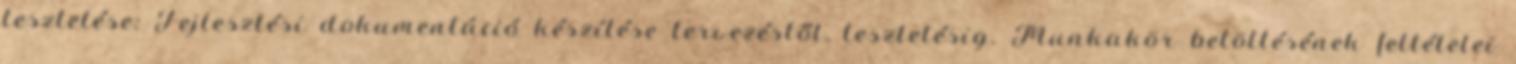
tesztelése; Fejlesztési dokumentáció készítése tervezéstől, tesztelésig. Munkakör betöltésének feltételei